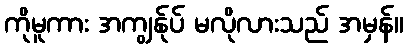
ကိုမူကား အကျွန်ုပ် မလိုလားသည် အမှန်။